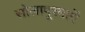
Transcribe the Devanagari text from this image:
सोलापूरमार्गे